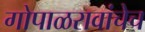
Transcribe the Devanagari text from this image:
गोपाळरावांचेच